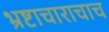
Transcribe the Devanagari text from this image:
भ्रष्टाचाराचाच